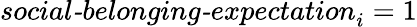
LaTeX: \textit{social-belonging-expectation}_{i}=1